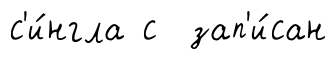
с'и́нгла с зап'и́сан